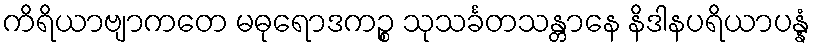
ကိရိယာဗျာကတေ မဓုရောဒကဉ္စ သုသင်္ခတသန္တာနေ နိဒါနပရိယာပန္နံ